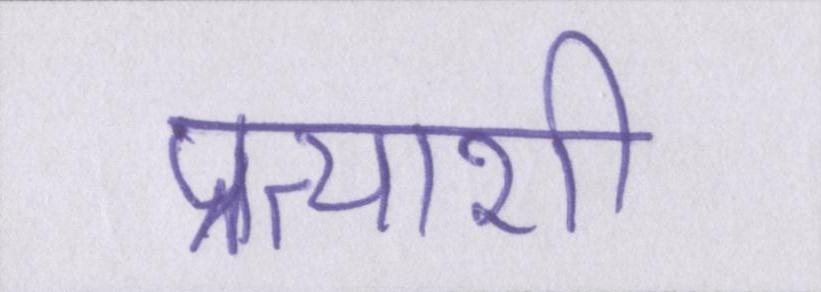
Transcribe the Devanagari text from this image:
प्रत्याशी